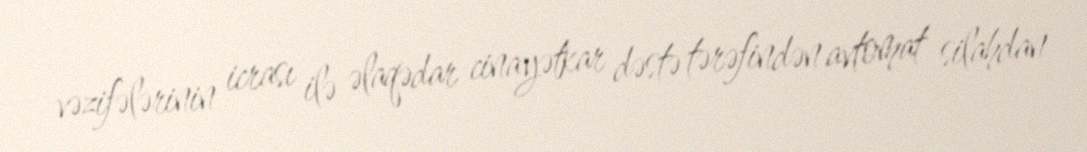
vəzifələrinin icrası ilə əlaqədar cinayətkar dəstə tərəfindən avtomat silahdan